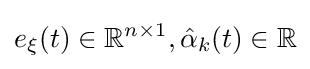
e_{\xi }(t)\in \mathbb {R} ^{n\times 1},{\hat {\alpha }}_{k}(t)\in \mathbb {R}